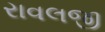
રાવલજી